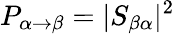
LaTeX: P_{\alpha\to\beta}=|S_{\beta\alpha}|^{2}